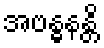
အဗန္ဓနန္တိ